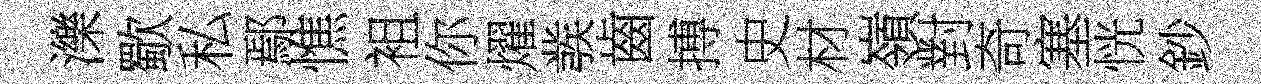
濼歜私鄢憔袓你燿彂齒搏史材嶺對奇塞恍鈔